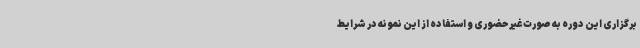
برگزاری این دوره به صورت غیرحضوری و استفاده از این نمونه در شرایط